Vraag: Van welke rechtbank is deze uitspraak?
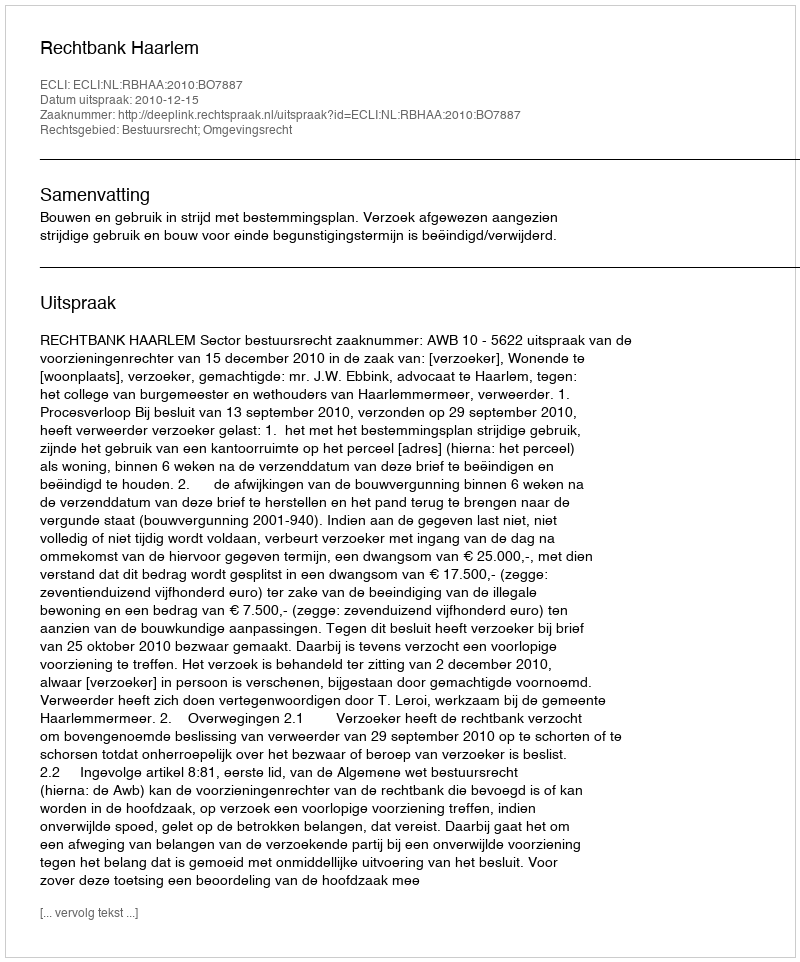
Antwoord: Rechtbank Haarlem